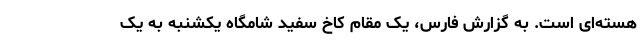
هسته‌ای است. به گزارش فارس، یک مقام کاخ سفید شامگاه یکشنبه به یک